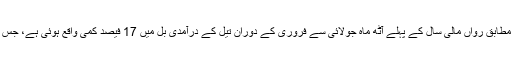
وفاقی ادارہ شماریات کی جانب سے جاری کردہ اعداوشمارکے مطابق رواں مالی سال کے پہلے آٹھ ماہ جولائی سے فروری کے دوران تیل کے درآمدی بل میں 17 فیصد کمی واقع ہوئی ہے، جس سے قومی خزانے کو 1 ارب 80کروڑ ڈالر کی بچت ہوئی ہے۔